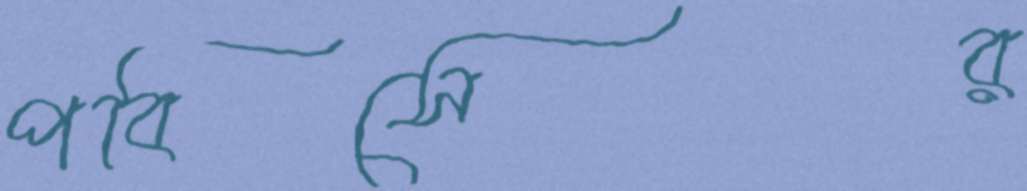
পবিসের